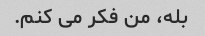
بله، من فکر می کنم.